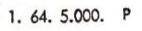
1. 64. 5.000. P